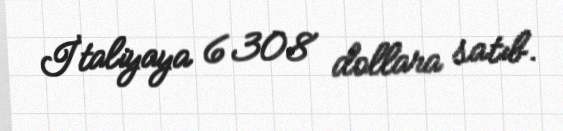
İtaliyaya 6308 dollara satıb.